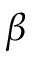
\beta